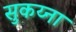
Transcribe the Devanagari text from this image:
सुकय्ना